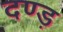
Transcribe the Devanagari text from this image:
दण्ड़